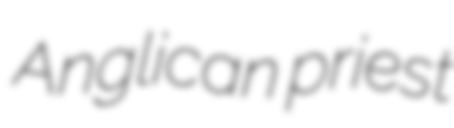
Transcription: Anglican priest